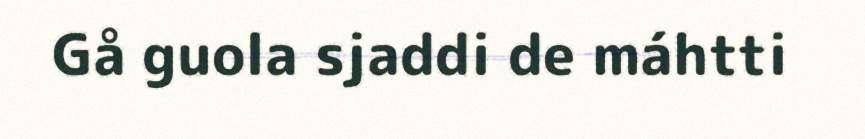
Gå guola sjaddi de máhtti